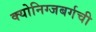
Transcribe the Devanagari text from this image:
क्योनिग्जबर्गची